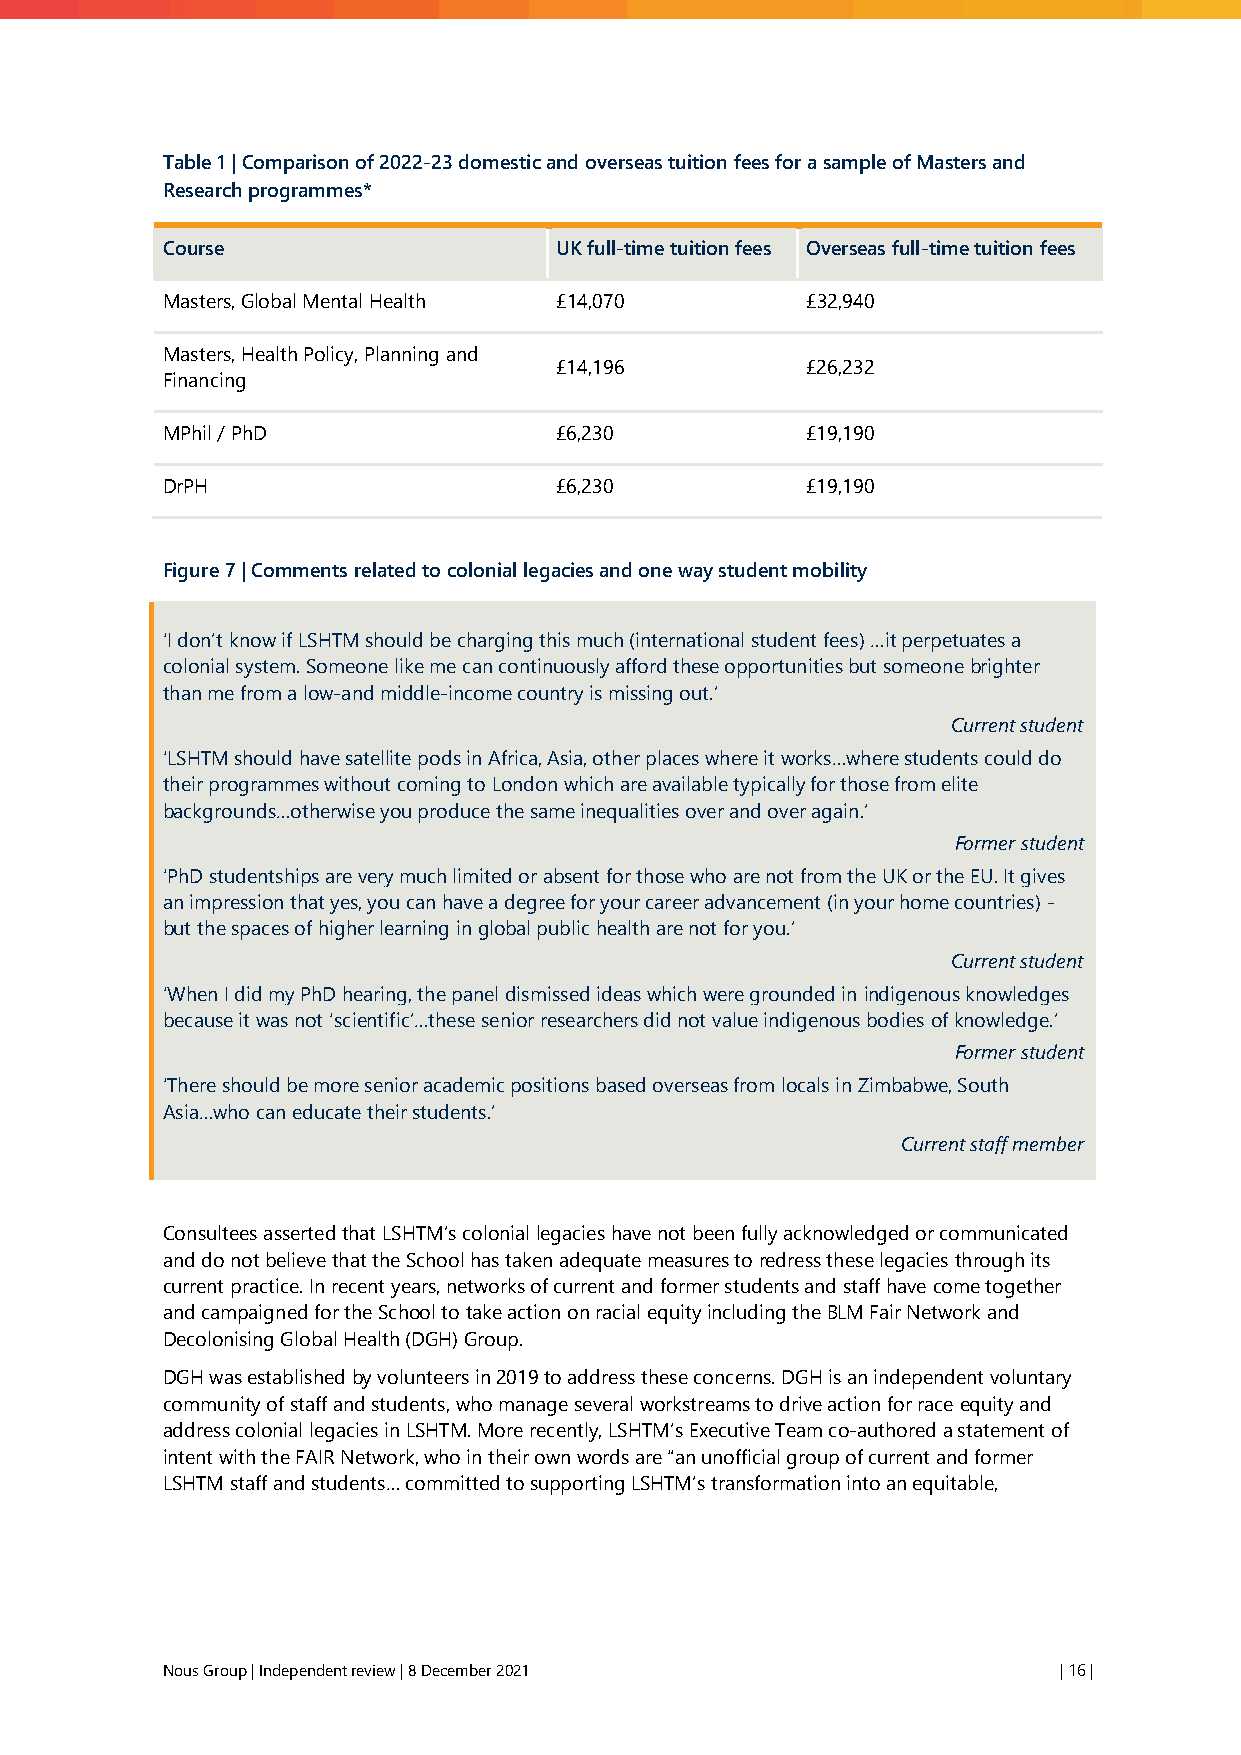
Table 1 | Comparison of 2022-23 domestic and overseas tuition fees for a sample of Masters and
 Research programmes*
 Course                    UK full-time tuition fees Overseas full-time tuition fees
 Masters, Global Mental Health £14,070     £32,940
 Masters, Health Policy, Planning and
 £14,196         £26,232
 Financing
 MPhil / PhD               £6,230          £19,190
 DrPH                      £6,230          £19,190
 Figure 7 | Comments related to colonial legacies and one way student mobility
 ‘I don’t know if LSHTM should be charging this much (international student fees) …it perpetuates a
 colonial system. Someone like me can continuously afford these opportunities but someone brighter
 than me from a low-and middle-income country is missing out.’
 Current student
 ‘LSHTM should have satellite pods in Africa, Asia, other places where it works…where students could do
 their programmes without coming to London which are available typically for those from elite
 backgrounds…otherwise you produce the same inequalities over and over again.’
 Former student
 ‘PhD studentships are very much limited or absent for those who are not from the UK or the EU. It gives
 an impression that yes, you can have a degree for your career advancement (in your home countries) -
 but the spaces of higher learning in global public health are not for you.’
 Current student
 ‘When I did my PhD hearing, the panel dismissed ideas which were grounded in indigenous knowledges
 because it was not ‘scientific’…these senior researchers did not value indigenous bodies of knowledge.’
 Former student
 ‘There should be more senior academic positions based overseas from locals in Zimbabwe, South
 Asia…who can educate their students.’
 Current staff member
 Consultees asserted that LSHTM’s colonial legacies have not been fully acknowledged or communicated
 and do not believe that the School has taken adequate measures to redress these legacies through its
 current practice. In recent years, networks of current and former students and staff have come together
 and campaigned for the School to take action on racial equity including the BLM Fair Network and
 Decolonising Global Health (DGH) Group.
 DGH was established by volunteers in 2019 to address these concerns. DGH is an independent voluntary
 community of staff and students, who manage several workstreams to drive action for race equity and
 address colonial legacies in LSHTM. More recently, LSHTM’s Executive Team co-authored a statement of
 intent with the FAIR Network, who in their own words are “an unofficial group of current and former
 LSHTM staff and students… committed to supporting LSHTM’s transformation into an equitable,
 Nous Group | Independent review | 8 December 2021          | 16 |